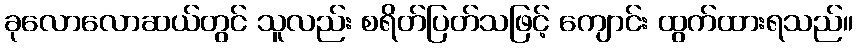
ခုလောလောဆယ်တွင် သူလည်း စရိတ်ပြတ်သဖြင့် ကျောင်း ထွက်ထားရသည်။